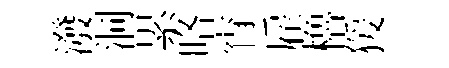
潑洞累咯宵雇櫓猨